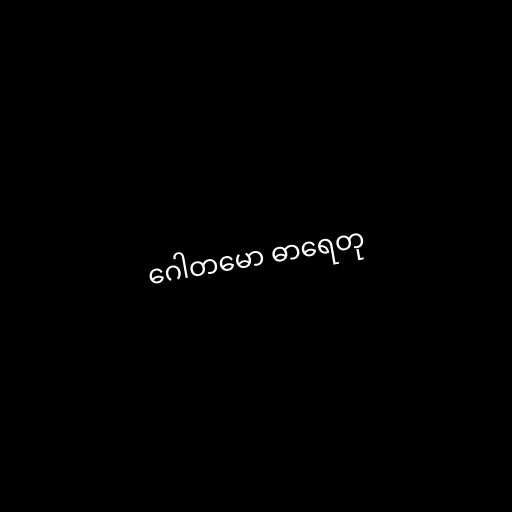
ဂေါတမော ဓာရေတု